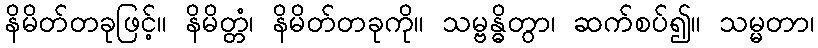
နိမိတ်တခုဖြင့်။ နိမိတ္တံ၊ နိမိတ်တခုကို။ သမ္ဗန္ဓိတွာ၊ ဆက်စပ်၍။ သမ္မတာ၊